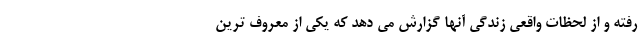
رفته و از لحظات واقعی زندگی آنها گزارش می دهد که یکی از معروف ترین